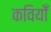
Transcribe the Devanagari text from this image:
कवियोँ